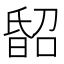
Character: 𣉈